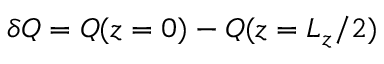
\delta Q = Q ( z = 0 ) - Q ( z = L _ { z } / 2 )